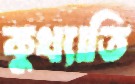
কুখ্যাতি